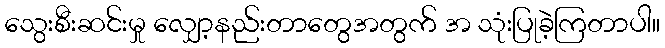
သွေးစီးဆင်းမှု လျှော့နည်းတာတွေအတွက် အ သုံးပြုခဲ့ကြတာပါ။